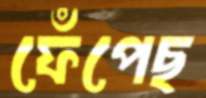
ফেঁপেছ